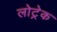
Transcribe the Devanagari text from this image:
लोट्रेक